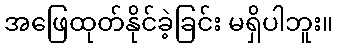
အဖြေထုတ်နိုင်ခဲ့ခြင်း မရှိပါဘူး။